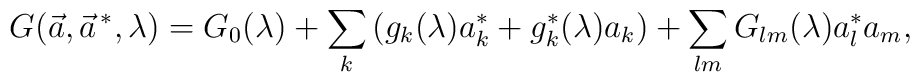
G(\vec a,\vec a^{\, *},\lambda) = G_0(\lambda) +\sum_k\left (g_k(\lambda)a_k^* + g_k^*(\lambda)a_k\right ) +\sum_{lm}G_{lm}(\lambda)a_l^*a_m,